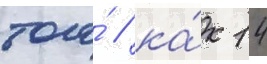
того́ / ка́к 14